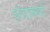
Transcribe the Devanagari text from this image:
संचायकों